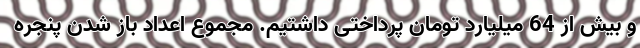
و بیش از 64 میلیارد تومان پرداختی داشتیم. مجموع اعداد باز شدن پنجره